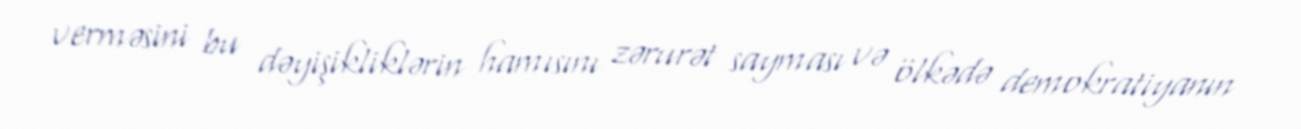
verməsini bu dəyişikliklərin hamısını zərurət sayması və ölkədə demokratiyanın